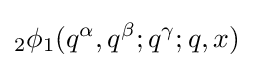
{}_{2}\phi _{1}(q^{\alpha },q^{\beta };q^{\gamma };q,x)